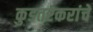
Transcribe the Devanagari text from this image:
कुडतरकरांचे